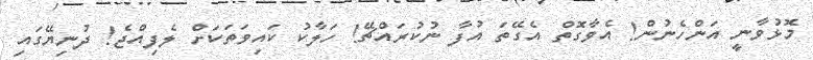
މޮޅުވާނީ އަންހެނުން! އެވާގޮތް އެގޭތަ އުފާ ނުކުރައްޗޭ! ހަލާކު ކައިވަތަކަށް ލެފިއްޖެ! ދުނިޔޭގައި